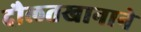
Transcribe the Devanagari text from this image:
दौलतखानाने